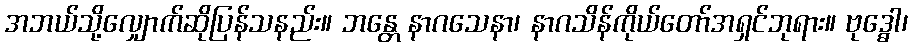
အဘယ်သို့လျှောက်ဆိုပြန်သနည်း။ ဘန္တေ နာဂသေနာ၊ နာဂသိန်ကိုယ်တော်အရှင်ဘုရား။ ဗုဒ္ဓေါ၊